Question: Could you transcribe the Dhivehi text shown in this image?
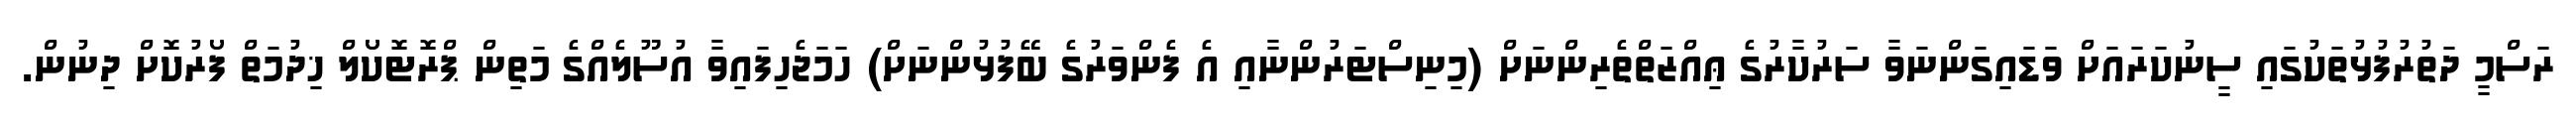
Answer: ރަސްމީ ދަތުރުފުޅުތަކުގައި ސީނުކަރައަށް ވަޑައިގަންނަވާ ސަރުކާރުގެ ޢިއްޒަތްތެރިންނަށް (މިނިސްޓަރުންނާއި އެ ފެންވަރުގެ ބޭފުޅުންނަށް) ހަމަޖެހިފައިވާ އުސޫލެއްގެ މަތިން ޕްރޮޓޮކޯލް ޚިދުމަތް ފޯރުކޮށް ދިނުން.